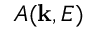
A ( \mathbf { k } , E )